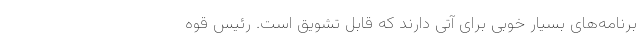
برنامه‌های بسیار خوبی برای آتی دارند که قابل تشویق است. رئیس قوه